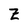
Character: Z